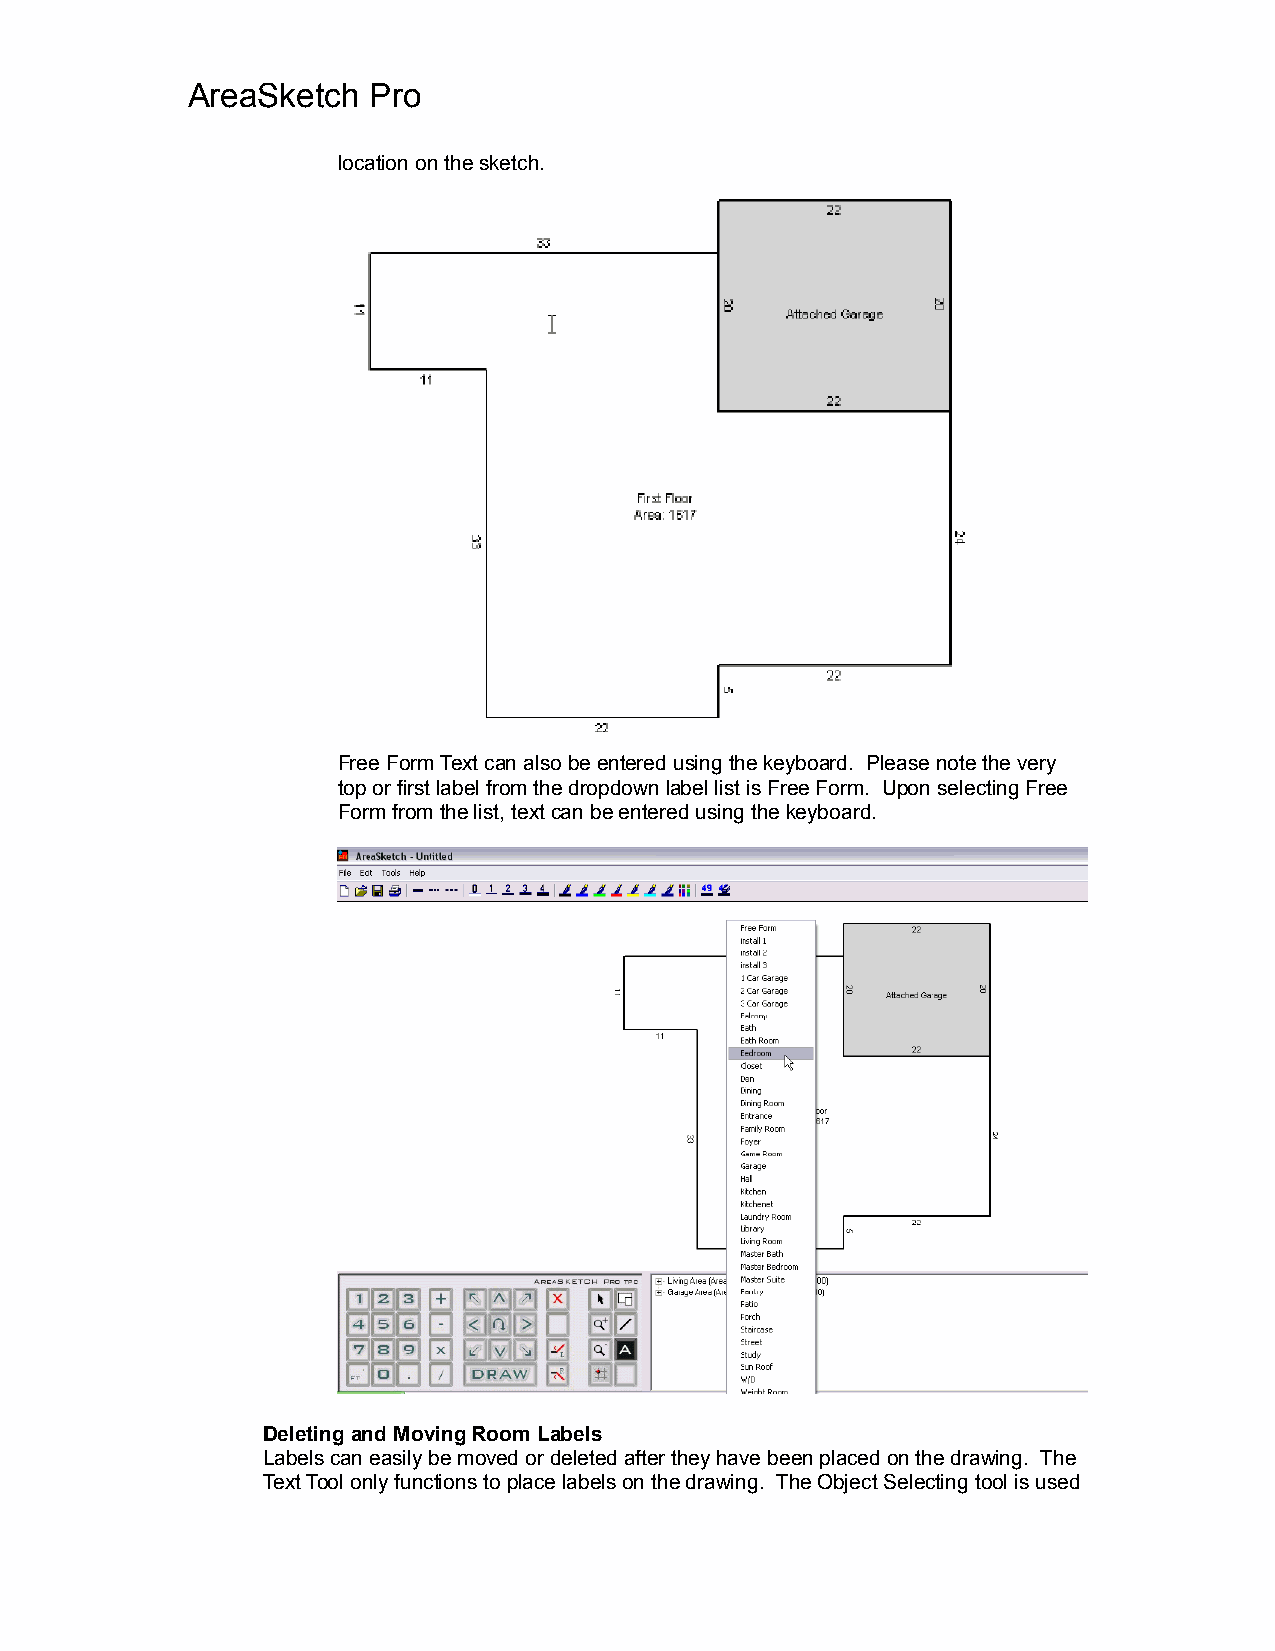
AreaSketch  Pro
 location on the sketch.
 Free Form Text can also be entered using the keyboard. Please note the very
 top or first label from the dropdown label list is Free Form. Upon selecting Free
 Form from the list, text can be entered using the keyboard.
 Deleting and Moving Room Labels
 Labels can easily be moved or deleted after they have been placed on the drawing. The
 Text Tool only functions to place labels on the drawing. The Object Selecting tool is used